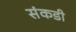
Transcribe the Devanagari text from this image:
संकडी